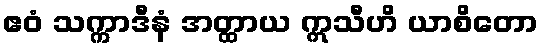
ဧဝံ သက္ကာဒီနံ အတ္ထာယ ဣသီဟိ ယာစိတော